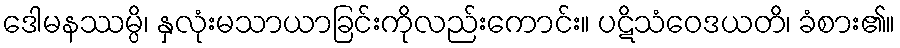
ဒေါမနဿမ္ပိ၊ နှလုံးမသာယာခြင်းကိုလည်းကောင်း။ ပဋိသံဝေဒယတိ၊ ခံစား၏။